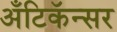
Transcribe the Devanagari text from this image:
अँटिकॅन्सर